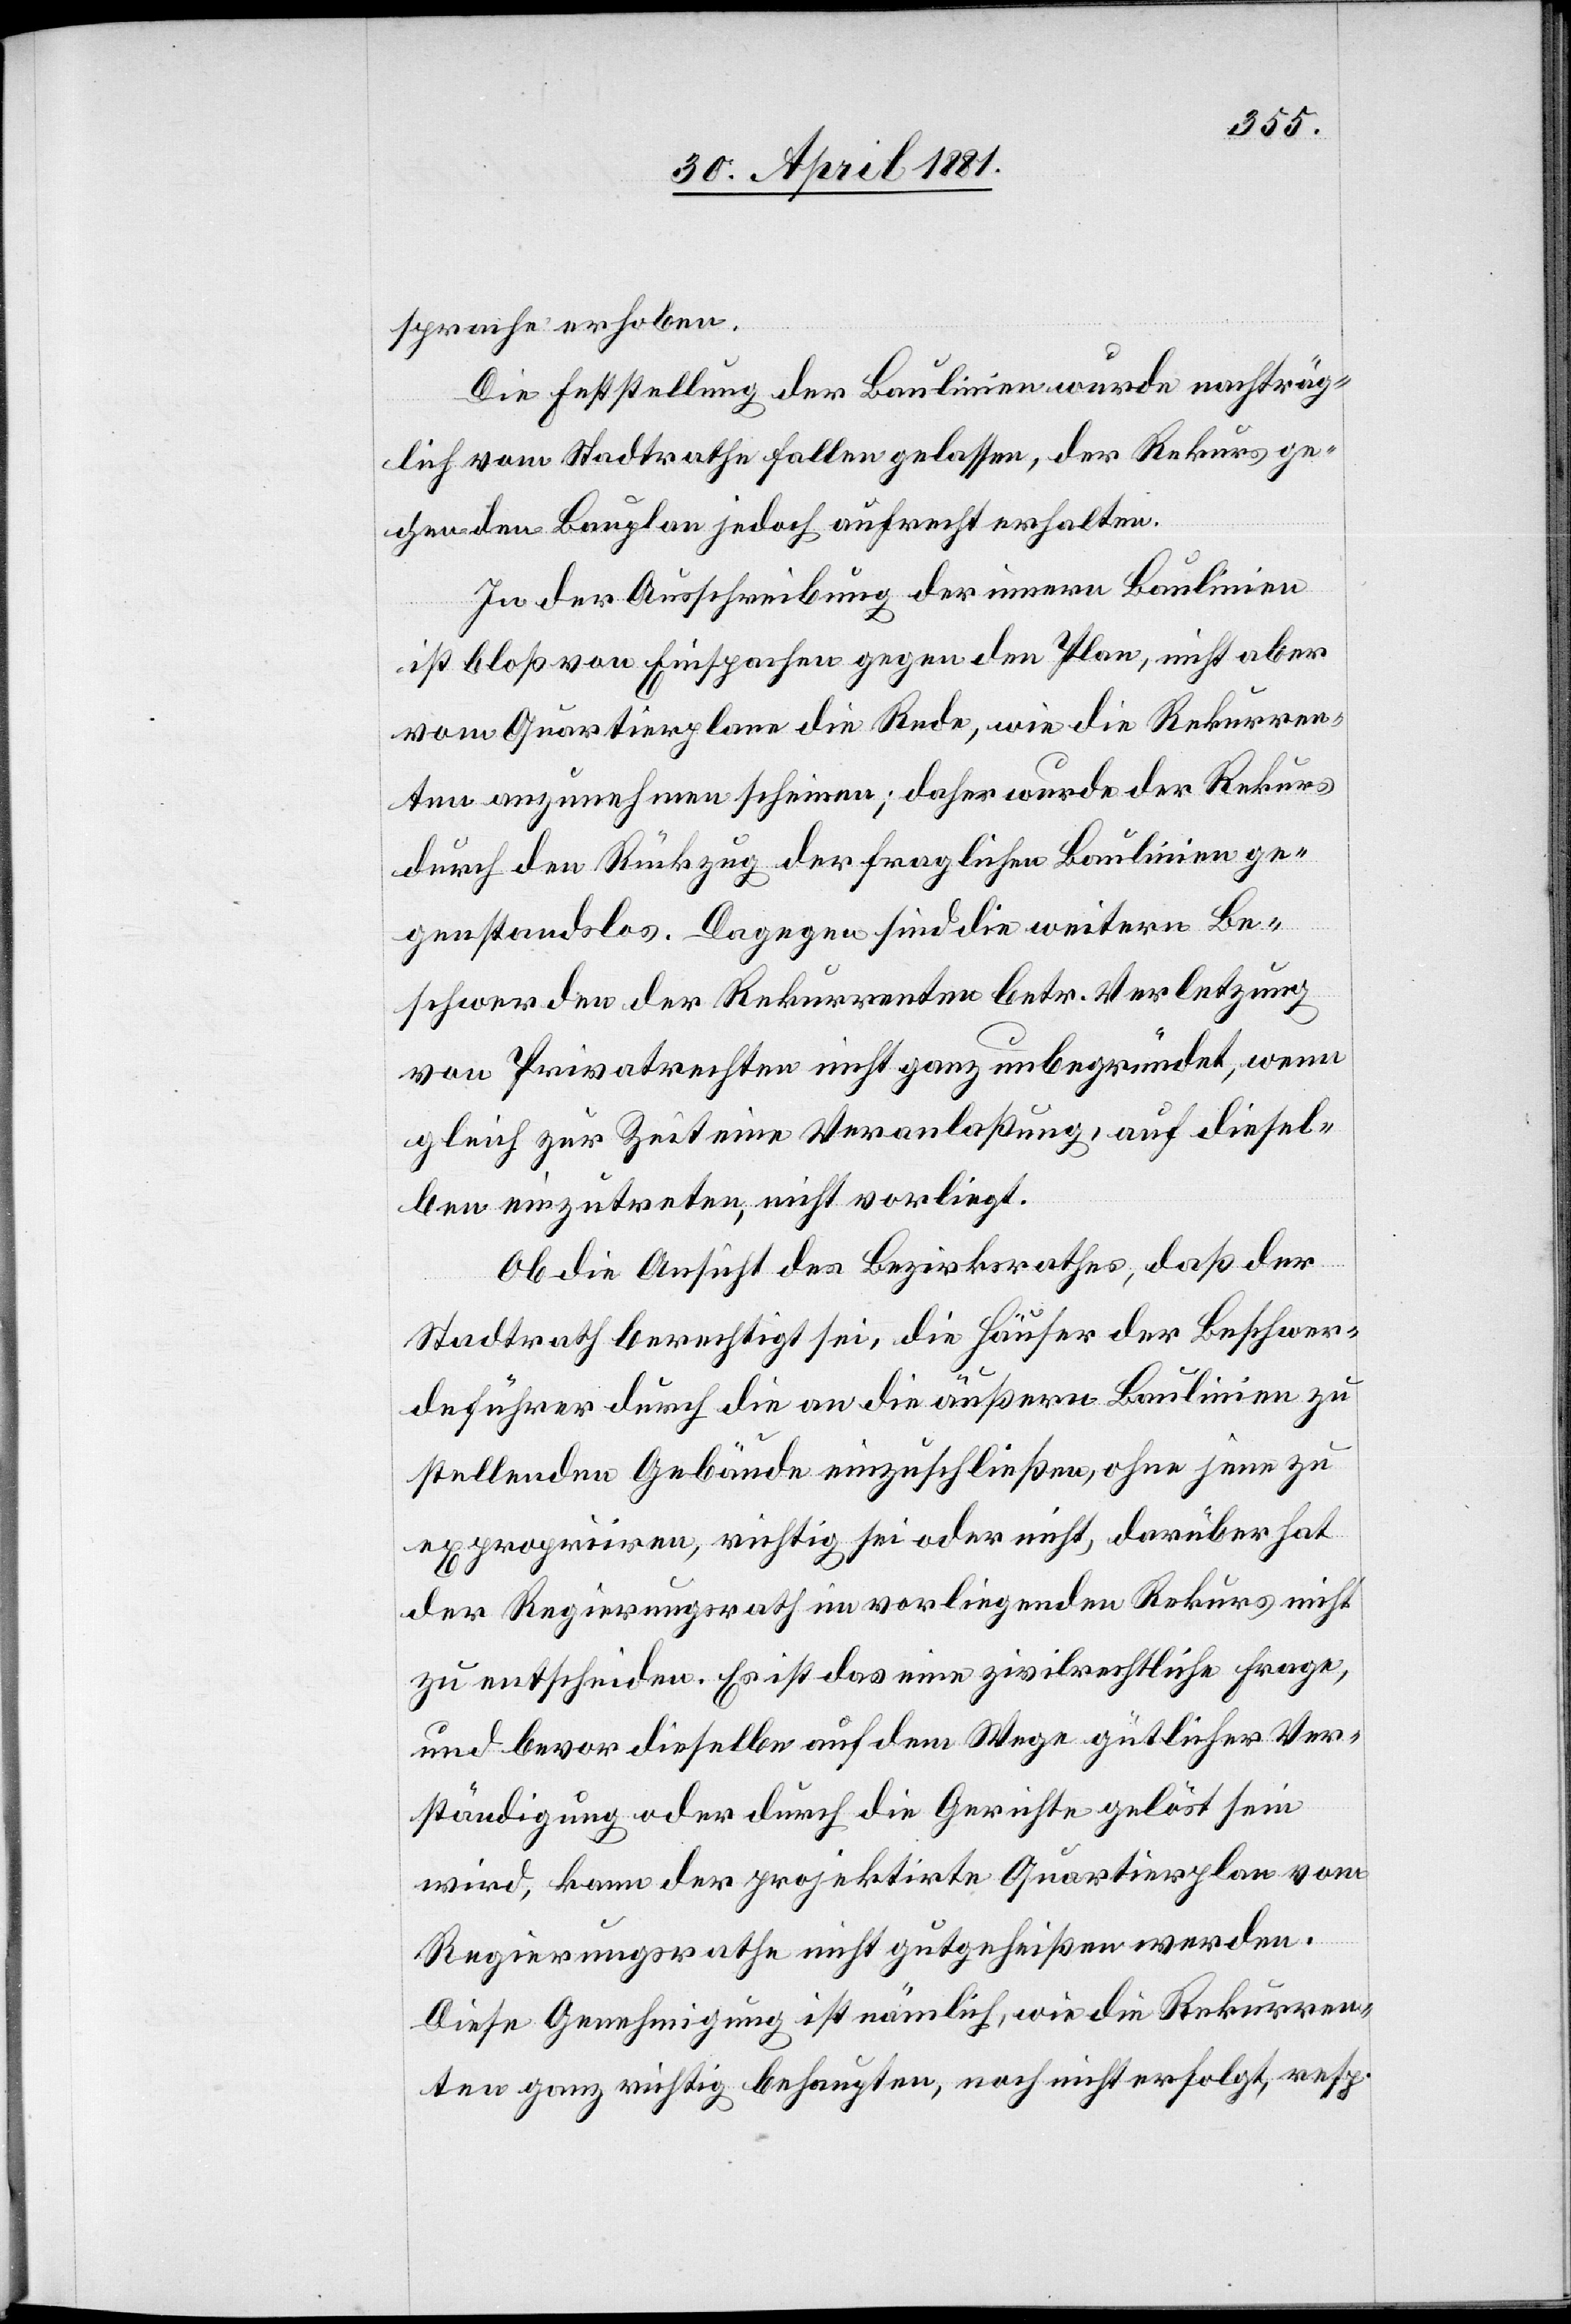
sprache erhoben.
Die Entstellung der Baulinien wurde nachträg¬
lich vom Stadtrath fallen gelassen, der Rekurs ge¬
gen den Bauplan jedoch aufrecht erhalten.
In der Ausschreibung der innern Baulinie
ist bloß von Einsprachen gegen den Plan, nicht aber
vom Quartierplan die Rede, wie die Rekurren¬
ten anzunehmen scheinen; daher wurde der Rekurs
durch den Rückzug der fraglichen Baulinien ge¬
genstandslos. Dagegen sind die weitern Be¬
schwerden der Rekurrenten betr. Verletzung
von Privatrechten nicht ganz unbegründet, wenn
gleich zur Zeit eine Veranlaßung, auf diesel¬
ben einzutreten, nicht vorliegt.
Ob die Ansicht des Bezirksrathes, daß der
Stadtrath berechtigt sei, die Häuser der Beschwer¬
deführer durch die an die äußern Baulinien zu
stellenden Gebäude einzuschließen, ohne jene zu
expropriiren, richtig sei oder nicht, darüber hat
der Regierungsrath im vorliegenden Rekurs nicht
zu entscheiden. Es ist das eine zivilrechtliche Frage,
und bevor dieselbe auf dem Wege gütlicher Ver¬
ständigung oder durch die Gerichte gelöst sein
wird, kann der projektirte Quartierplan vom
Regierungsrathe nicht gutgeheißen werden.
Diese Genehmigung ist nämlich, wie die Rekurren¬
ten ganz richtig behaupten, noch nicht erfolgt, resp.